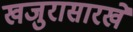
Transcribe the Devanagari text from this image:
खजुरासारखे